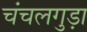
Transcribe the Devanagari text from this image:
चंचलगुड़ा